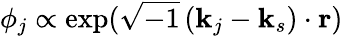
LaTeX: \phi_{j}\propto\exp(\sqrt{-1}\, ({\mathbf k}_{j}-{\mathbf k}_{s})\cdot{\mathbf r})